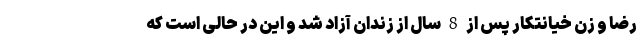
رضا و زن خیانتکار پس از 8 سال از زندان آزاد شد و این در حالی است که